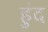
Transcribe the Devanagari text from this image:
हुंद